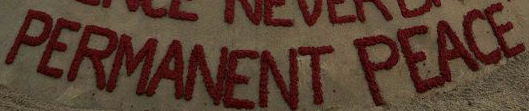
PERMANENT PEACE